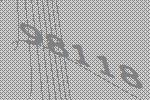
98118